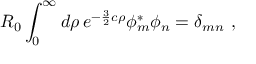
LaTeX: R _ { 0 } \int _ { 0 } ^ { \infty } d \rho \, e ^ { - \frac { 3 } { 2 } c \rho } \phi _ { m } ^ { \ast } \phi _ { n } = \delta _ { m n } ~ ,